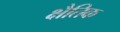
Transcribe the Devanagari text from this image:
क्षैतिक